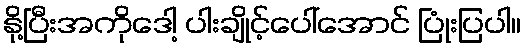
နို့ပြီးအကိုဒေါ့ ပါးချိုင့်ပေါ်အောင် ပြုံးပြပါ။